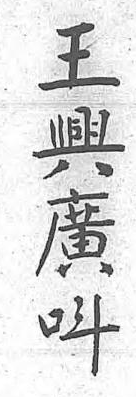
王興廣呌